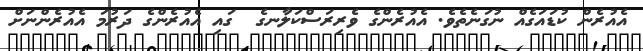
އެއުރެން ކުޑައަގެއް ނުގަނެތެވެ. އެއުރެންގެ ވެރިރަސްކަލާނގެ  ގައި އެއުރެންގެ ދަރުމަ އެއުރެންނަށް